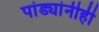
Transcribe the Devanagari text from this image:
पांड्यांनीही